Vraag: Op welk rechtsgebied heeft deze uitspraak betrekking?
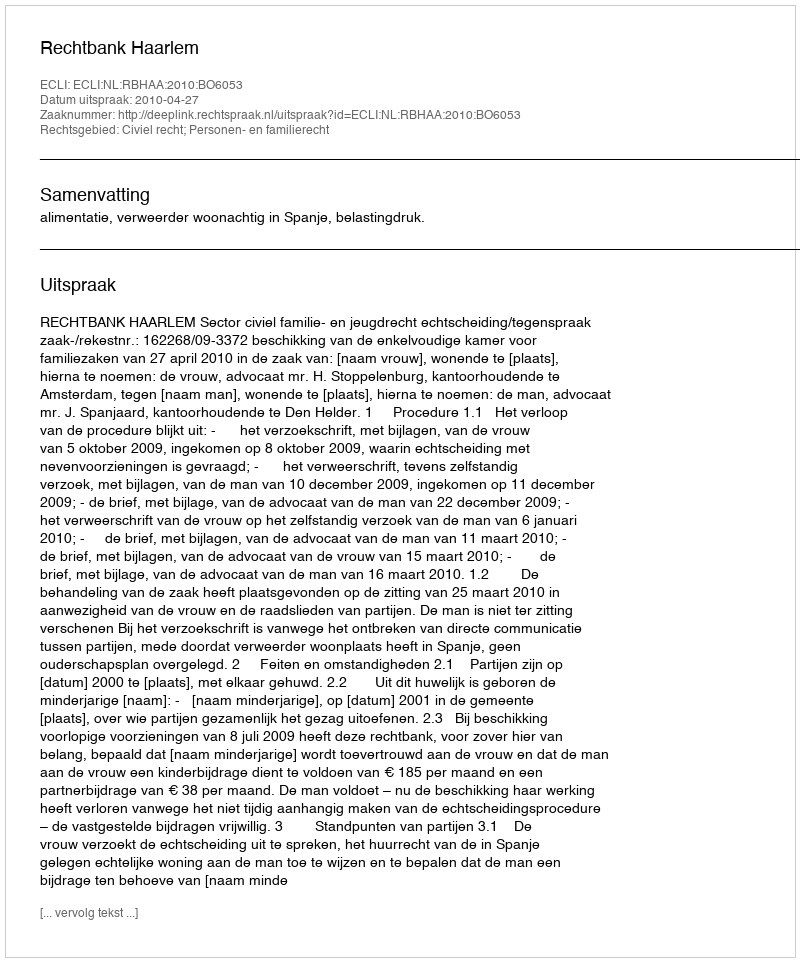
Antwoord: Civiel recht; Personen- en familierecht